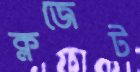
ক্লজেট